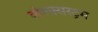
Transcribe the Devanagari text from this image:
वोल्क्सस्ट्रम